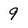
Character: 9